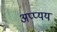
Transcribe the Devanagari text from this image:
अप्प्यय